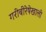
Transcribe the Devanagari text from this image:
गरीबीरेषेखाली